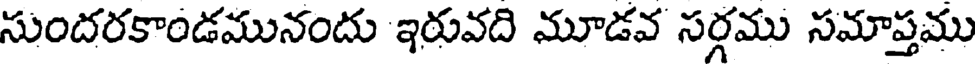
సుందరకాండమునందు ఇరువది మూడవ సర్గము సమాప్తము